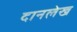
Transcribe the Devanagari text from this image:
दानलेख